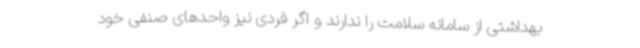
بهداشتی از سامانه سلامت را ندارند و اگر فردی نیز واحدهای صنفی خود